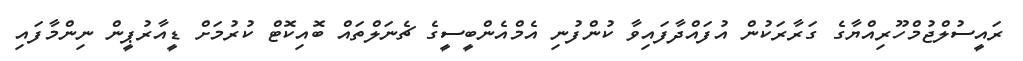
ރައީސުލްޖުމްހޫރިއްޔާގެ ގަރާރަކުން އުފައްދާފައިވާ ކުންފުނި އެމްއެންބީސީގެ ޗެނަލްތައް ބޮއިކޮޓް ކުރުމަށް ޑީއާރުޕީން ނިންމާފައި